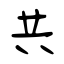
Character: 共